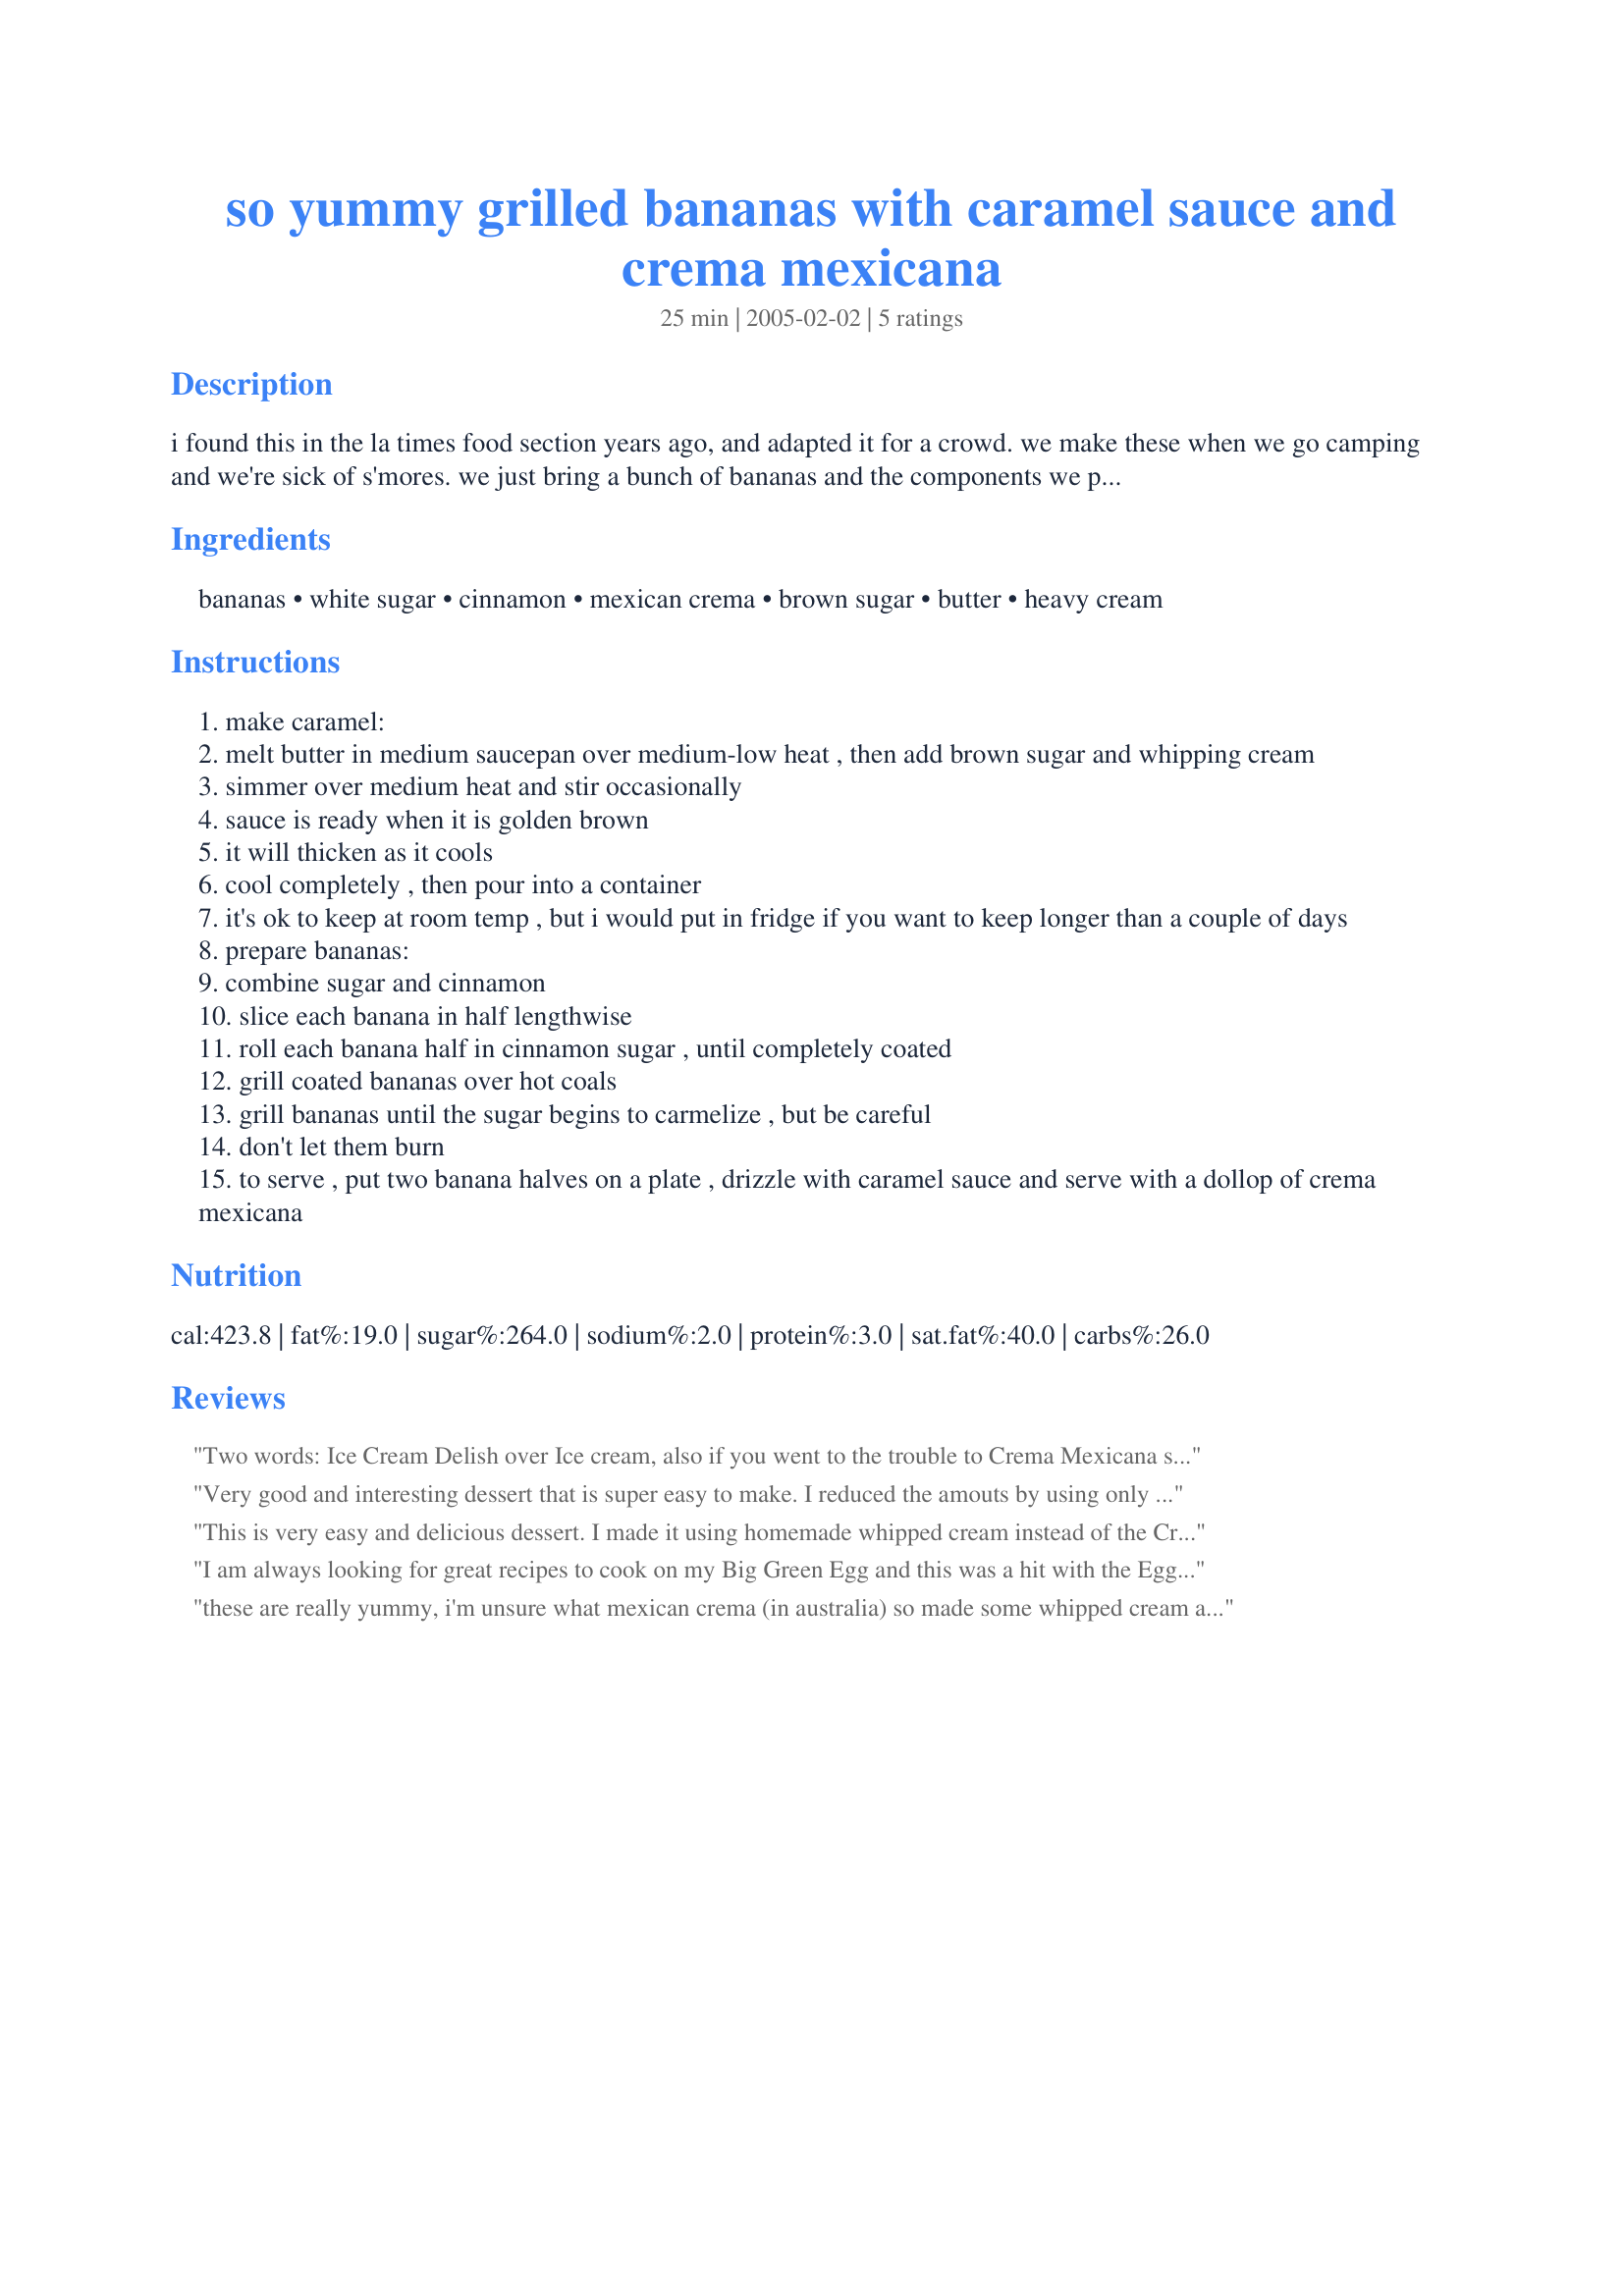
so yummy grilled bananas with caramel sauce and crema mexicana
Preparation time: 25 minutes

i found this in the la times food section years ago, and adapted it for a crowd. we make these when we go camping and we're sick of s'mores. we just bring a bunch of bananas and the components we prepared ahead of time and make them until we can't eat any more. don't be tempted to use store bought caramel; home made sauce really makes a diference, and it's quick and easy to make. important: when you go to the store, you do not want the crema agria - that's like sour cream. crema mexicana is like creme fraiche and tastes sweet, like heavy whipping cream.

Ingredients:
bananas, white sugar, cinnamon, mexican crema, brown sugar, butter, heavy cream

Steps:
make caramel:
melt butter in medium saucepan over medium-low heat , then add brown sugar and whipping cream
simmer over medium heat and stir occasionally
sauce is ready when it is golden brown
it will thicken as it cools
cool completely , then pour into a container
it's ok to keep at room temp , but i would put in fridge if you want to keep longer than a couple of days
prepare bananas:
combine sugar and cinnamon
slice each banana in half lengthwise
roll each banana half in cinnamon sugar , until completely coated
grill coated bananas over hot coals
grill bananas until the sugar begins to carmelize , but be careful
don't let them burn
to serve , put two banana halves on a plate , drizzle with caramel sauce and serve with a dollop of crema mexicana

Reviews:
Two words:

Ice Cream

Delish over Ice cream, also if you went to the trouble to Crema Mexicana skip the heavy cream. Use the Crema it holds up to heat better and adds a tang. My arteries are clogging as I type
Very good and interesting dessert that is super easy to make. I reduced the amouts by using only two bananas without any problems and we enjoyed these very much. Thanks for sharing!
This is very easy and delicious dessert. I made it using homemade whipped cream instead of the Crema Mexicana, and it was absolutely wonderful.
I am always looking for great recipes to cook on my Big Green Egg and this was a hit with the Egg Heads!!!! We are cooking this at the Eggfest in OKC. Thanks for sharing this awesome recipe. Anyone reading this should know that whipped cream works well too.
these are really yummy, i'm unsure what mexican crema (in australia) so made some whipped cream and it was beautiful... so glad i live on the banana coast!
